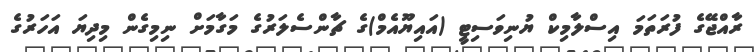
ރާއްޖޭގެ ފުރަތަމަ އިސްލާމިކް ޔުނިވަސިޓީ (އައިޔޫއެމް)ގެ ޗާންސެލަރުގެ މަގާމަށް ނިމިގެން މިދިޔަ އަހަރުގެ